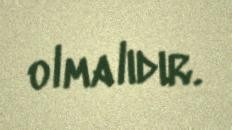
olmalıdır.